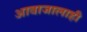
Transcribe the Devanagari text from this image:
आवाजालाही